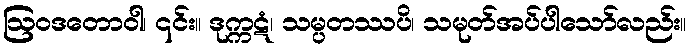
ဩဝဒတောဝါ၊ ၎င်း။ ဒုက္ကဋံ၊ သမ္ပတဿပိ၊ သမုတ်အပ်ပါသော်လည်း။